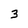
Character: 3